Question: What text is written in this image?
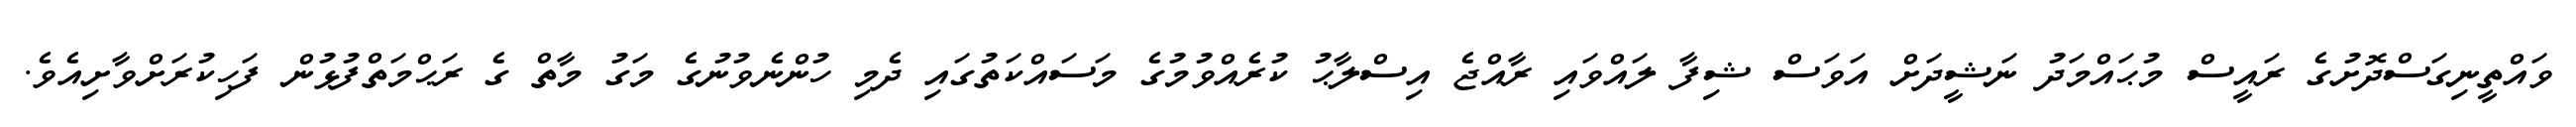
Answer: ވައްތީނިގަސްދޮށުގެ ރައީސް މުޙައްމަދު ނަޝީދަށް އަވަސް ޝިފާ ލައްވައި ރާއްޖެ އިސްލާޙު ކުރެއްވުމުގެ މަސައްކަތުގައި ދެމި ހުންނެވުނުގެ މަގު މާތް ގެ ރަޙްމަތްފުޅުން ފަހިކުރަށްވާށިއެވެ.